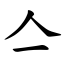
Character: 亼